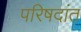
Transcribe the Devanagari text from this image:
परिषदांत